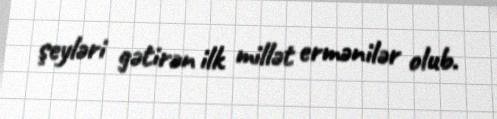
şeyləri gətirən ilk millət ermənilər olub.